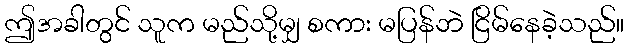
ဤအခါတွင် သူက မည်သို့မျှ စကား မပြန်ဘဲ ငြိမ်နေခဲ့သည်။